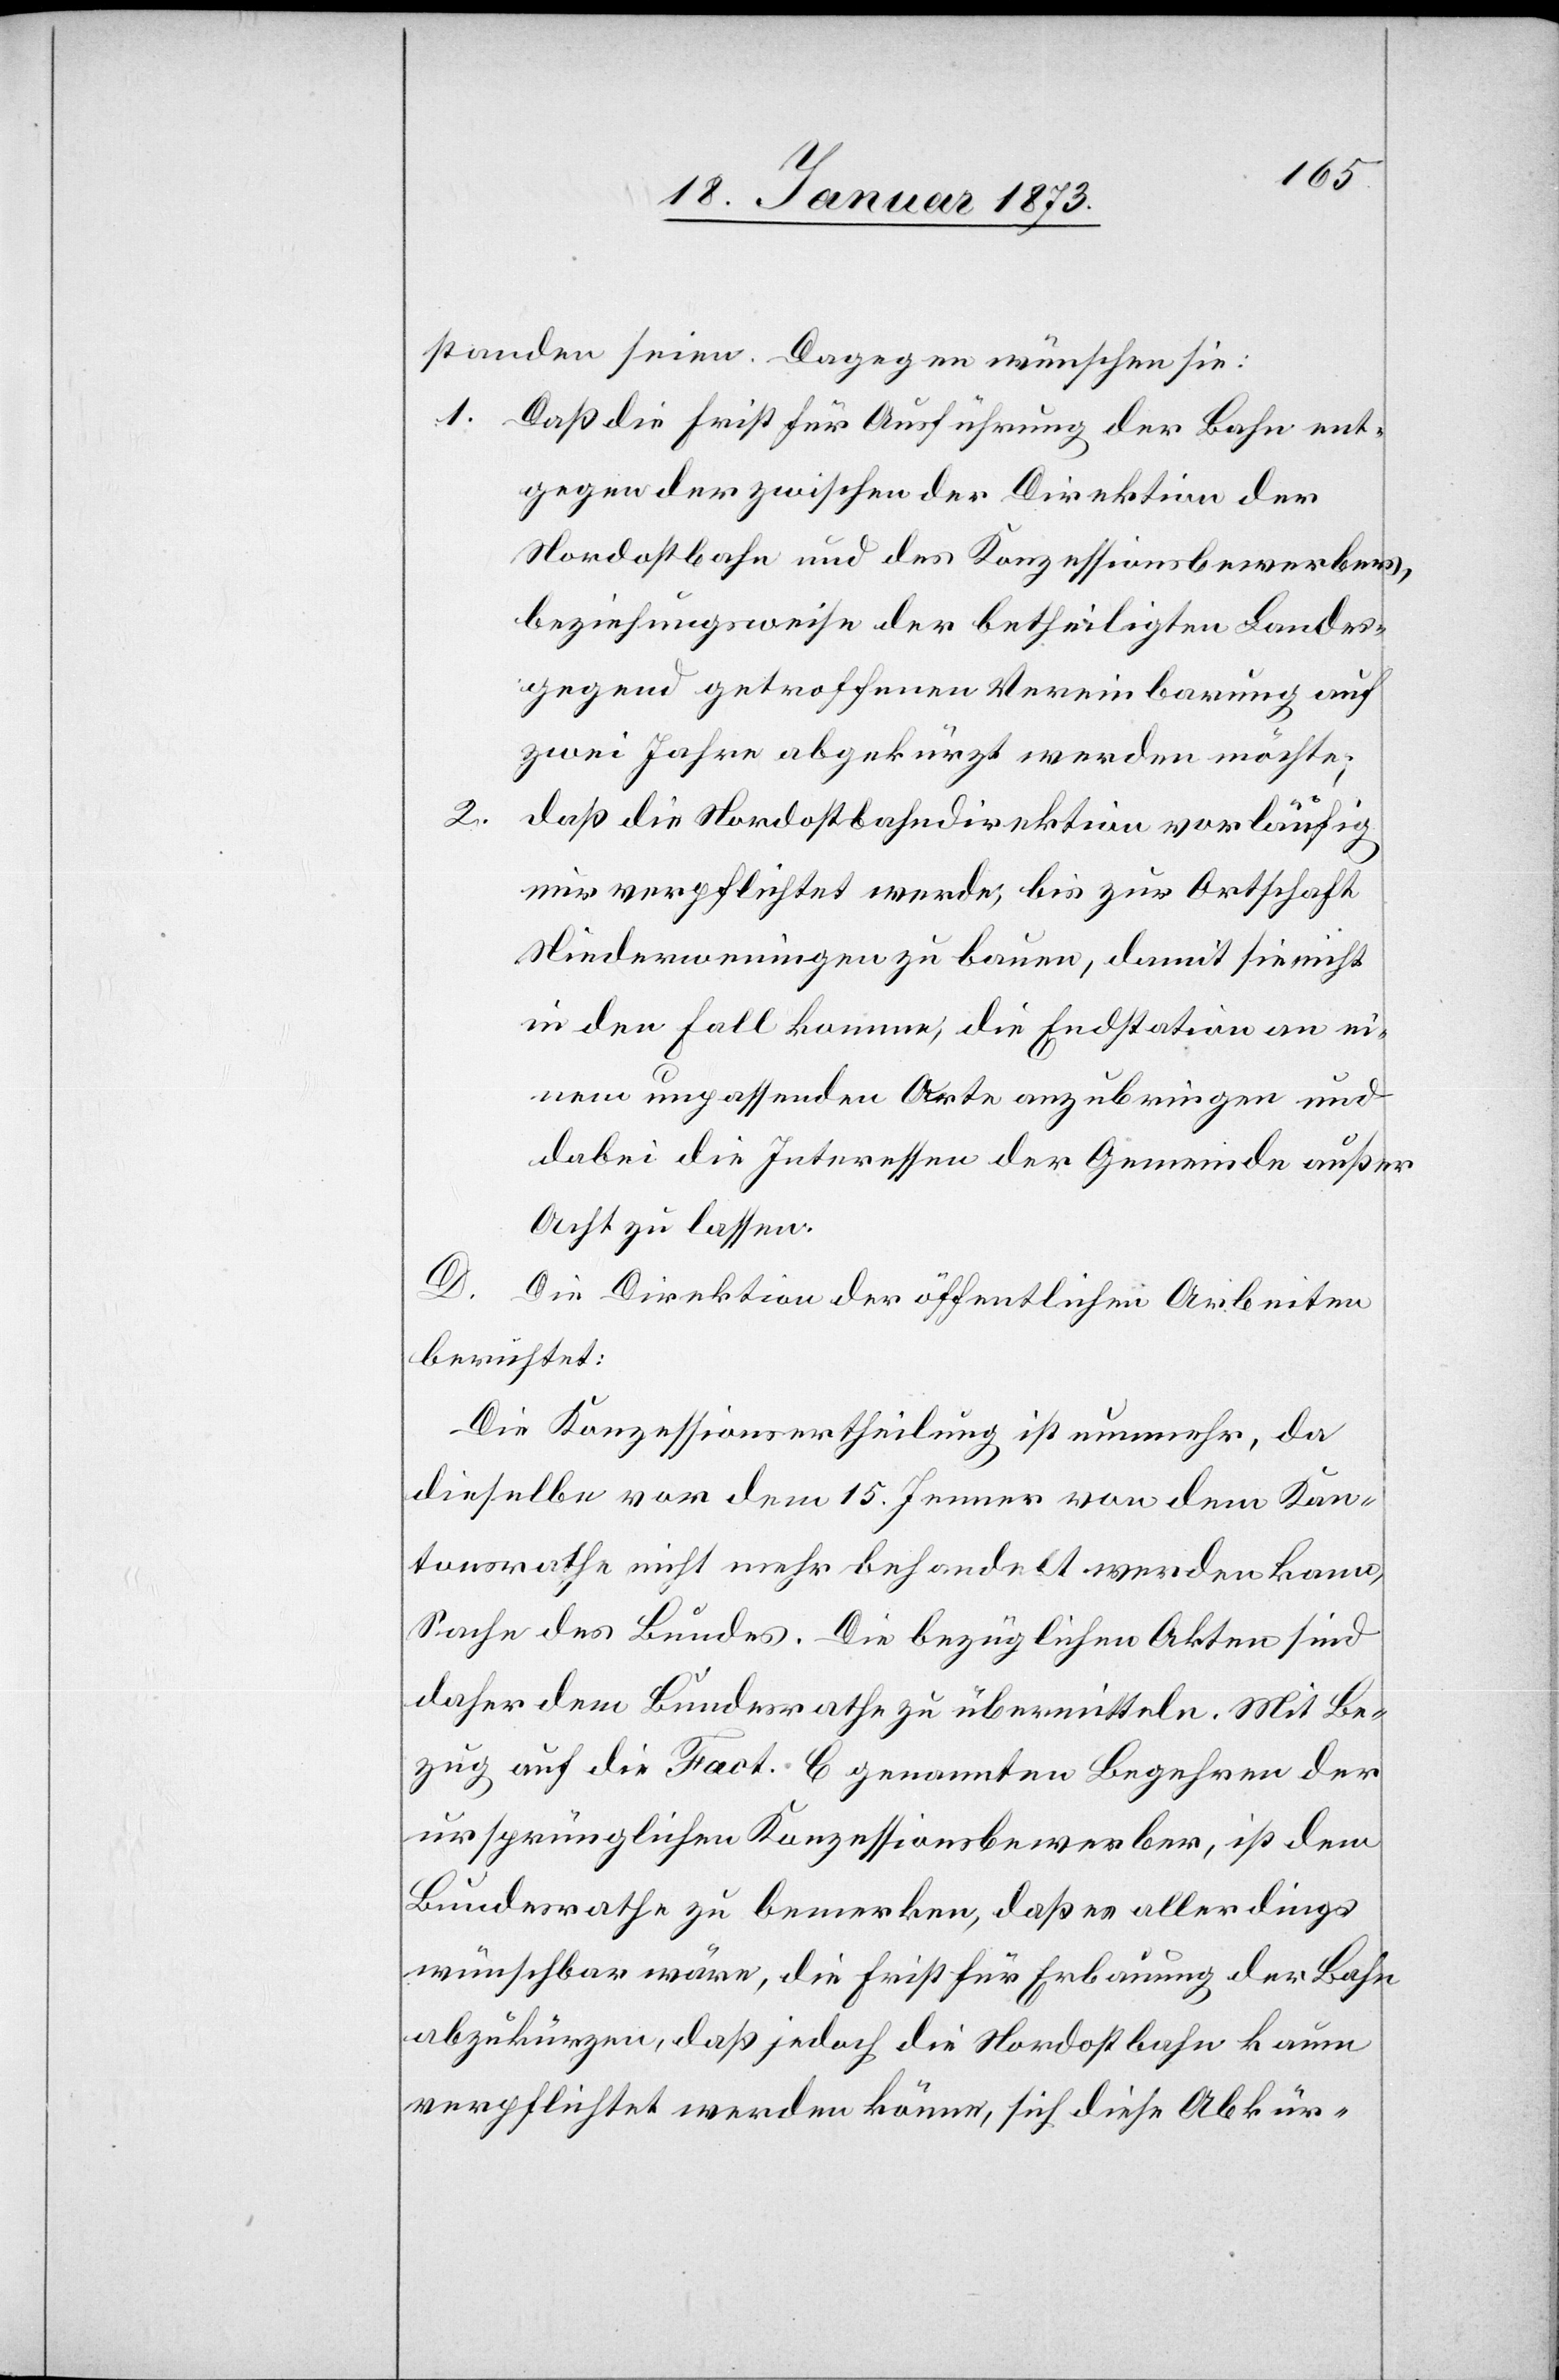
standen seien. Dagegen wünschen sie:
1.
Daß die Frist für Ausführung der Bahn ent¬
gegen der zwischen der Direktion der
Nordostbahn und der Konzessionsbewerber,
beziehungsweise der betheiligten Landes¬
gegend getroffenen Vereinbarung auf
zwei Jahre abgekürzt werden möchte;
2.
daß die Nordostbahndirektion vorläufig
nur verpflichtet werde, bis zur Ortschaft
Niederweningen zu bauen, damit sie nicht
in den Fall komme, die Endstation an ei¬
nem unpassenden Orte anzubringen und
dabei die Interessen der Gemeinde außer
Acht zu lassen.
D.
Die Direktion der öffentlichen Arbeiten
berichtet:
Die Konzessionsertheilung ist nunmehr, da
dieselbe vor dem 15. Jenner von dem Kan¬
tonsrathe nicht mehr behandelt werden kann,
Sache des Bundes. Die bezüglichen Akten sind
daher dem Bundesrath zu übermitteln. Mit Be¬
zug auf die Fact. C. genannten Begehren der
ursprünglichen Konzessionsbewerber, ist dem
Bundesrathe zu bemerken, daß es allerdings
wünschbar wäre, die Frist für Erbauung der Bahn
abzukürzen, daß jedoch die Nordostbahn kaum
verpflichtet werden könne, sich diese Abkür-